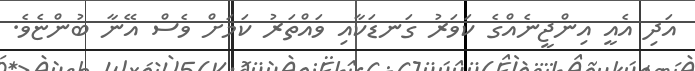
އަދި އެއީ އިންޖީނެއްގެ ކަވަރު ގަނޑަކާއި ވައްތަރު ކަމަށް ވެސް އޭނާ ބުންޏެވެ.